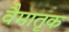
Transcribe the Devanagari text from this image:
वैमातृक